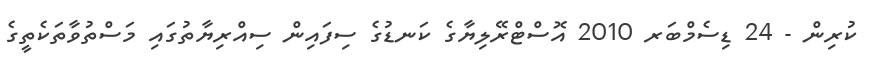
ކުރިން - 24 ޑިސެމްބަރ 2010 އޮސްޓްރޭލިޔާގެ ކަނޑުގެ ސިފައިން ސިއްރިޔާތުގައި މަސްތުވާތަކެތީގެ